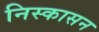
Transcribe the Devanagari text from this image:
निस्कासन